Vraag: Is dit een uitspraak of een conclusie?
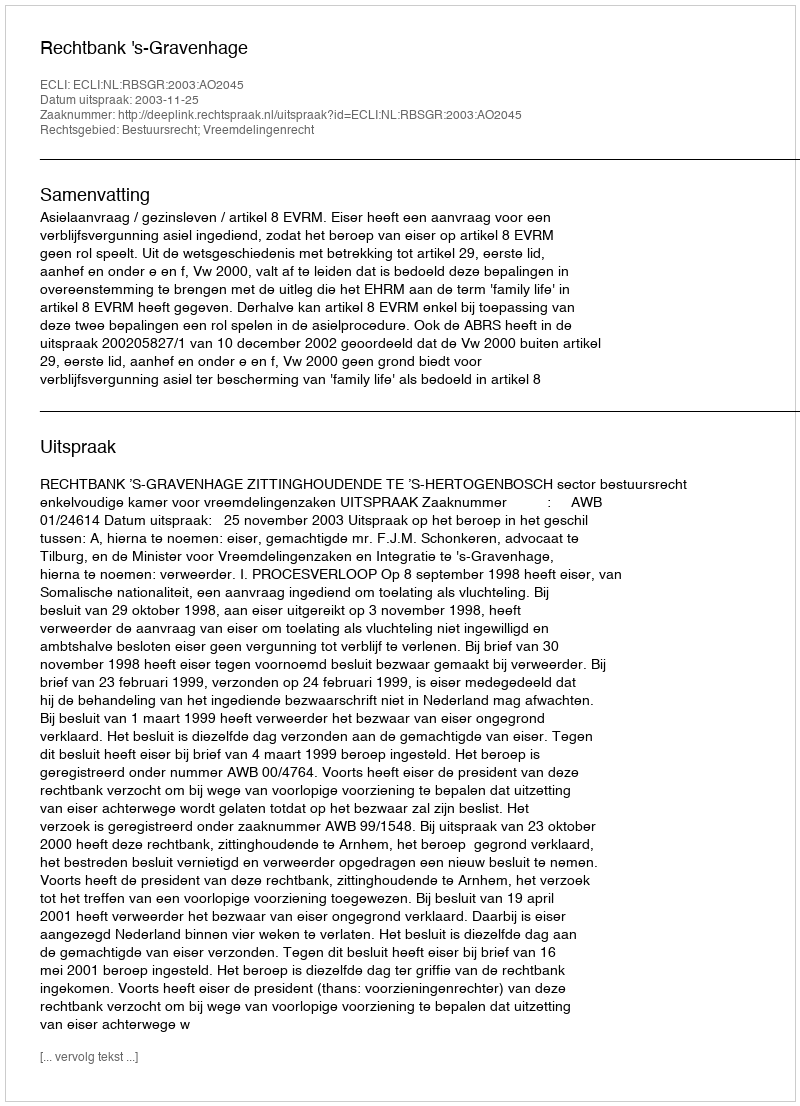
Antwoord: Uitspraak